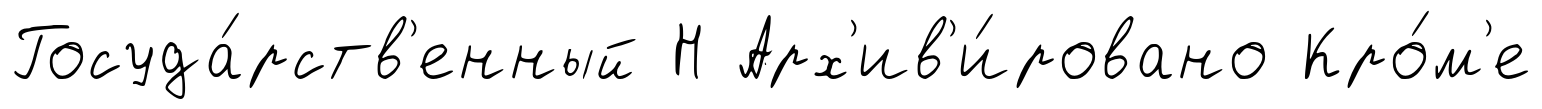
Госуда́рств'енный Н Арх'ив'и́ровано Кро́м'е